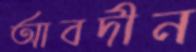
আবদীন